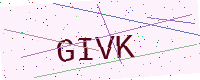
Text: GIVK